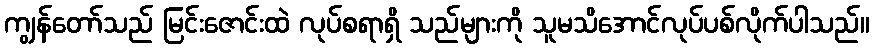
ကျွန်တော်သည် မြင်းဇောင်းထဲ လုပ်စရာရှိ သည်များကို သူမသိအောင်လုပ်ပစ်လိုက်ပါသည်။